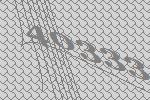
40333